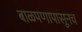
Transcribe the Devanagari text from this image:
बाळपणापासूनच